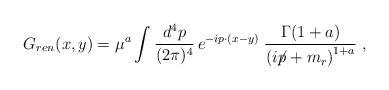
LaTeX: \begin{align*}G_{ren}(x,y)= \mu ^{a} \int_{}^{}\frac{d^{4}p}{(2\pi)^{4}}\, e^{-ip\cdot (x-y)}\; \frac{\Gamma (1+a)}{\left(i\!\!\not\!p + m_{r}\right)^{1+a}} \; ,\end{align*}